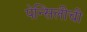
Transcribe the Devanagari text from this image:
पेन्सिलीची